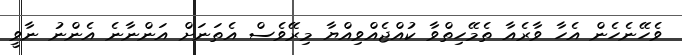
ވެހޭނެހެން އެހާ ވާރެއާ ތެމޭހިތްވާ ކުއްޖެއްވިއްޔާ މިރޭވެސް އެތަނަށް އަންނާނެ އެންނު ނާވީ